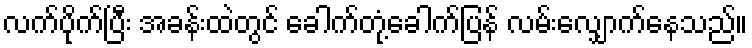
လက်ပိုက်ပြီး အခန်းထဲတွင် ခေါက်တုံ့ခေါက်ပြန် လမ်းလျှောက်နေသည်။